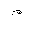
Letter: _mim